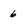
Character: 6